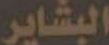
البشاير